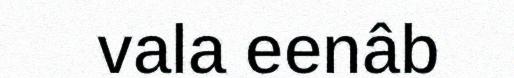
vala eenâb